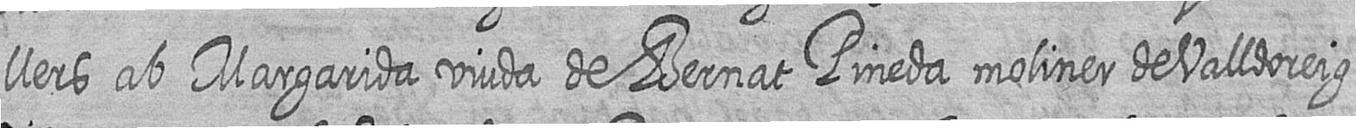
llers ab Margarida viuda de Bernat Pineda moliner de Valldoreig